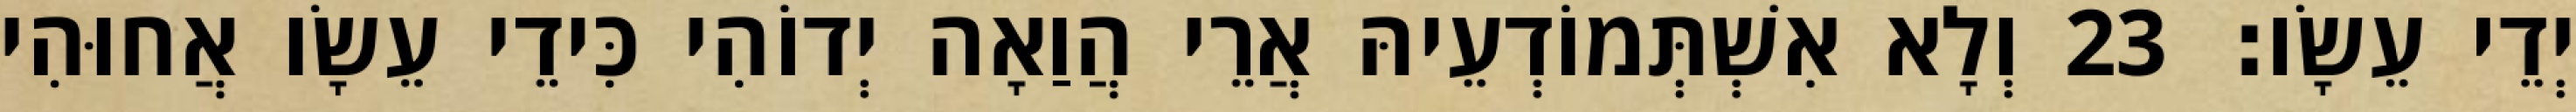
יְדֵי עֵשָׂו׃ 23 וְלָא אִשְׁתְּמוֹדְעֵיהּ אֲרֵי הֲוַאָה יְדוֹהִי כִּידֵי עֵשָׂו אֲחוּהִי